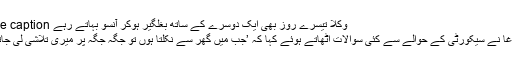
Image caption وکلا تیسرے روز بھی ایک دوسرے کے ساتھ بغلگیر ہوکر آنسو بہاتے رہے
حسین آغا نے سیکورٹی کے حوالے سے کئی سوالات اٹھاتے ہوئے کہا کہ ’جب میں گھر سے نکلتا ہوں تو جگہ جگہ پر میری تلاشی لی جاتی ہے۔